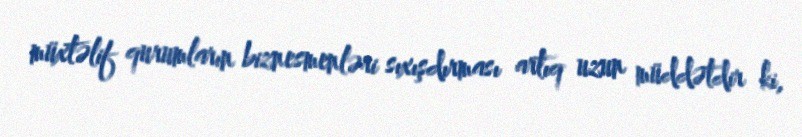
müxtəlif qurumların biznesmenləri sıxışdırması artıq uzun müddətdir ki,